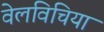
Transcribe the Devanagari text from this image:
वेलविचिया